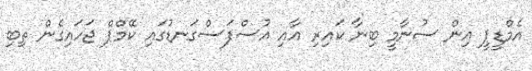
އެމްޑީޕީ އިން ސުނާމީ ބިނާ ކައިރި އާއި އުސްފަސްގަނޑުގައި ކޭމްޕް ޖަހައިގެން ތިބި